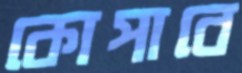
কোপাবে